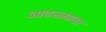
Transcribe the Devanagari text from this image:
आढळ्यावर